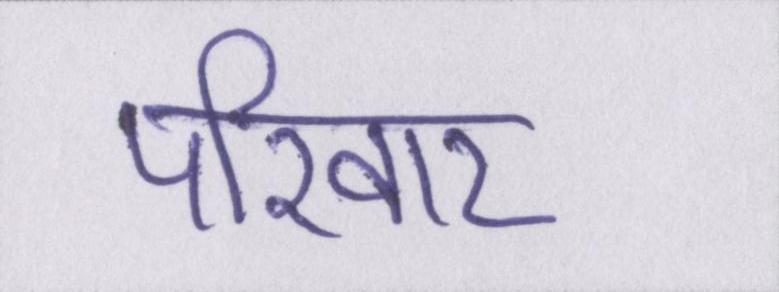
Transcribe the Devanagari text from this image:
परिवार